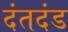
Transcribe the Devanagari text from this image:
दंतदंड